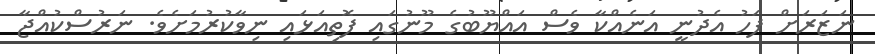
ނަޒަރަށް ފަހު އެދުނީ އަނެއްކާ ވެސް އައްޔޫބުގެ މޫނުގައި ފޮތިއަޅައި ނިވާކުރުމަށެވެ. ނަރުސްކުއްޖާ